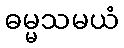
ဓမ္မသမယံ